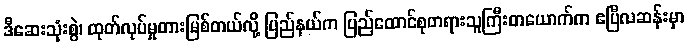
ဒီဆေးသုံးစွဲ၊ ထုတ်လုပ်မှုတားမြစ်တယ်လို့ ပြည်နယ်က ပြည်ထောင်စုတရားသူကြီးတယောက်က ဧပြီလဆန်းမှာ